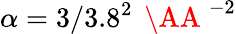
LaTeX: \alpha=3/3.8^{2}\, \mathrm{~\AA~}^{-2}